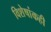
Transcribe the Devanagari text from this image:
विशेषांकही